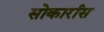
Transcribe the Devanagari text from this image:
सोकार्रास